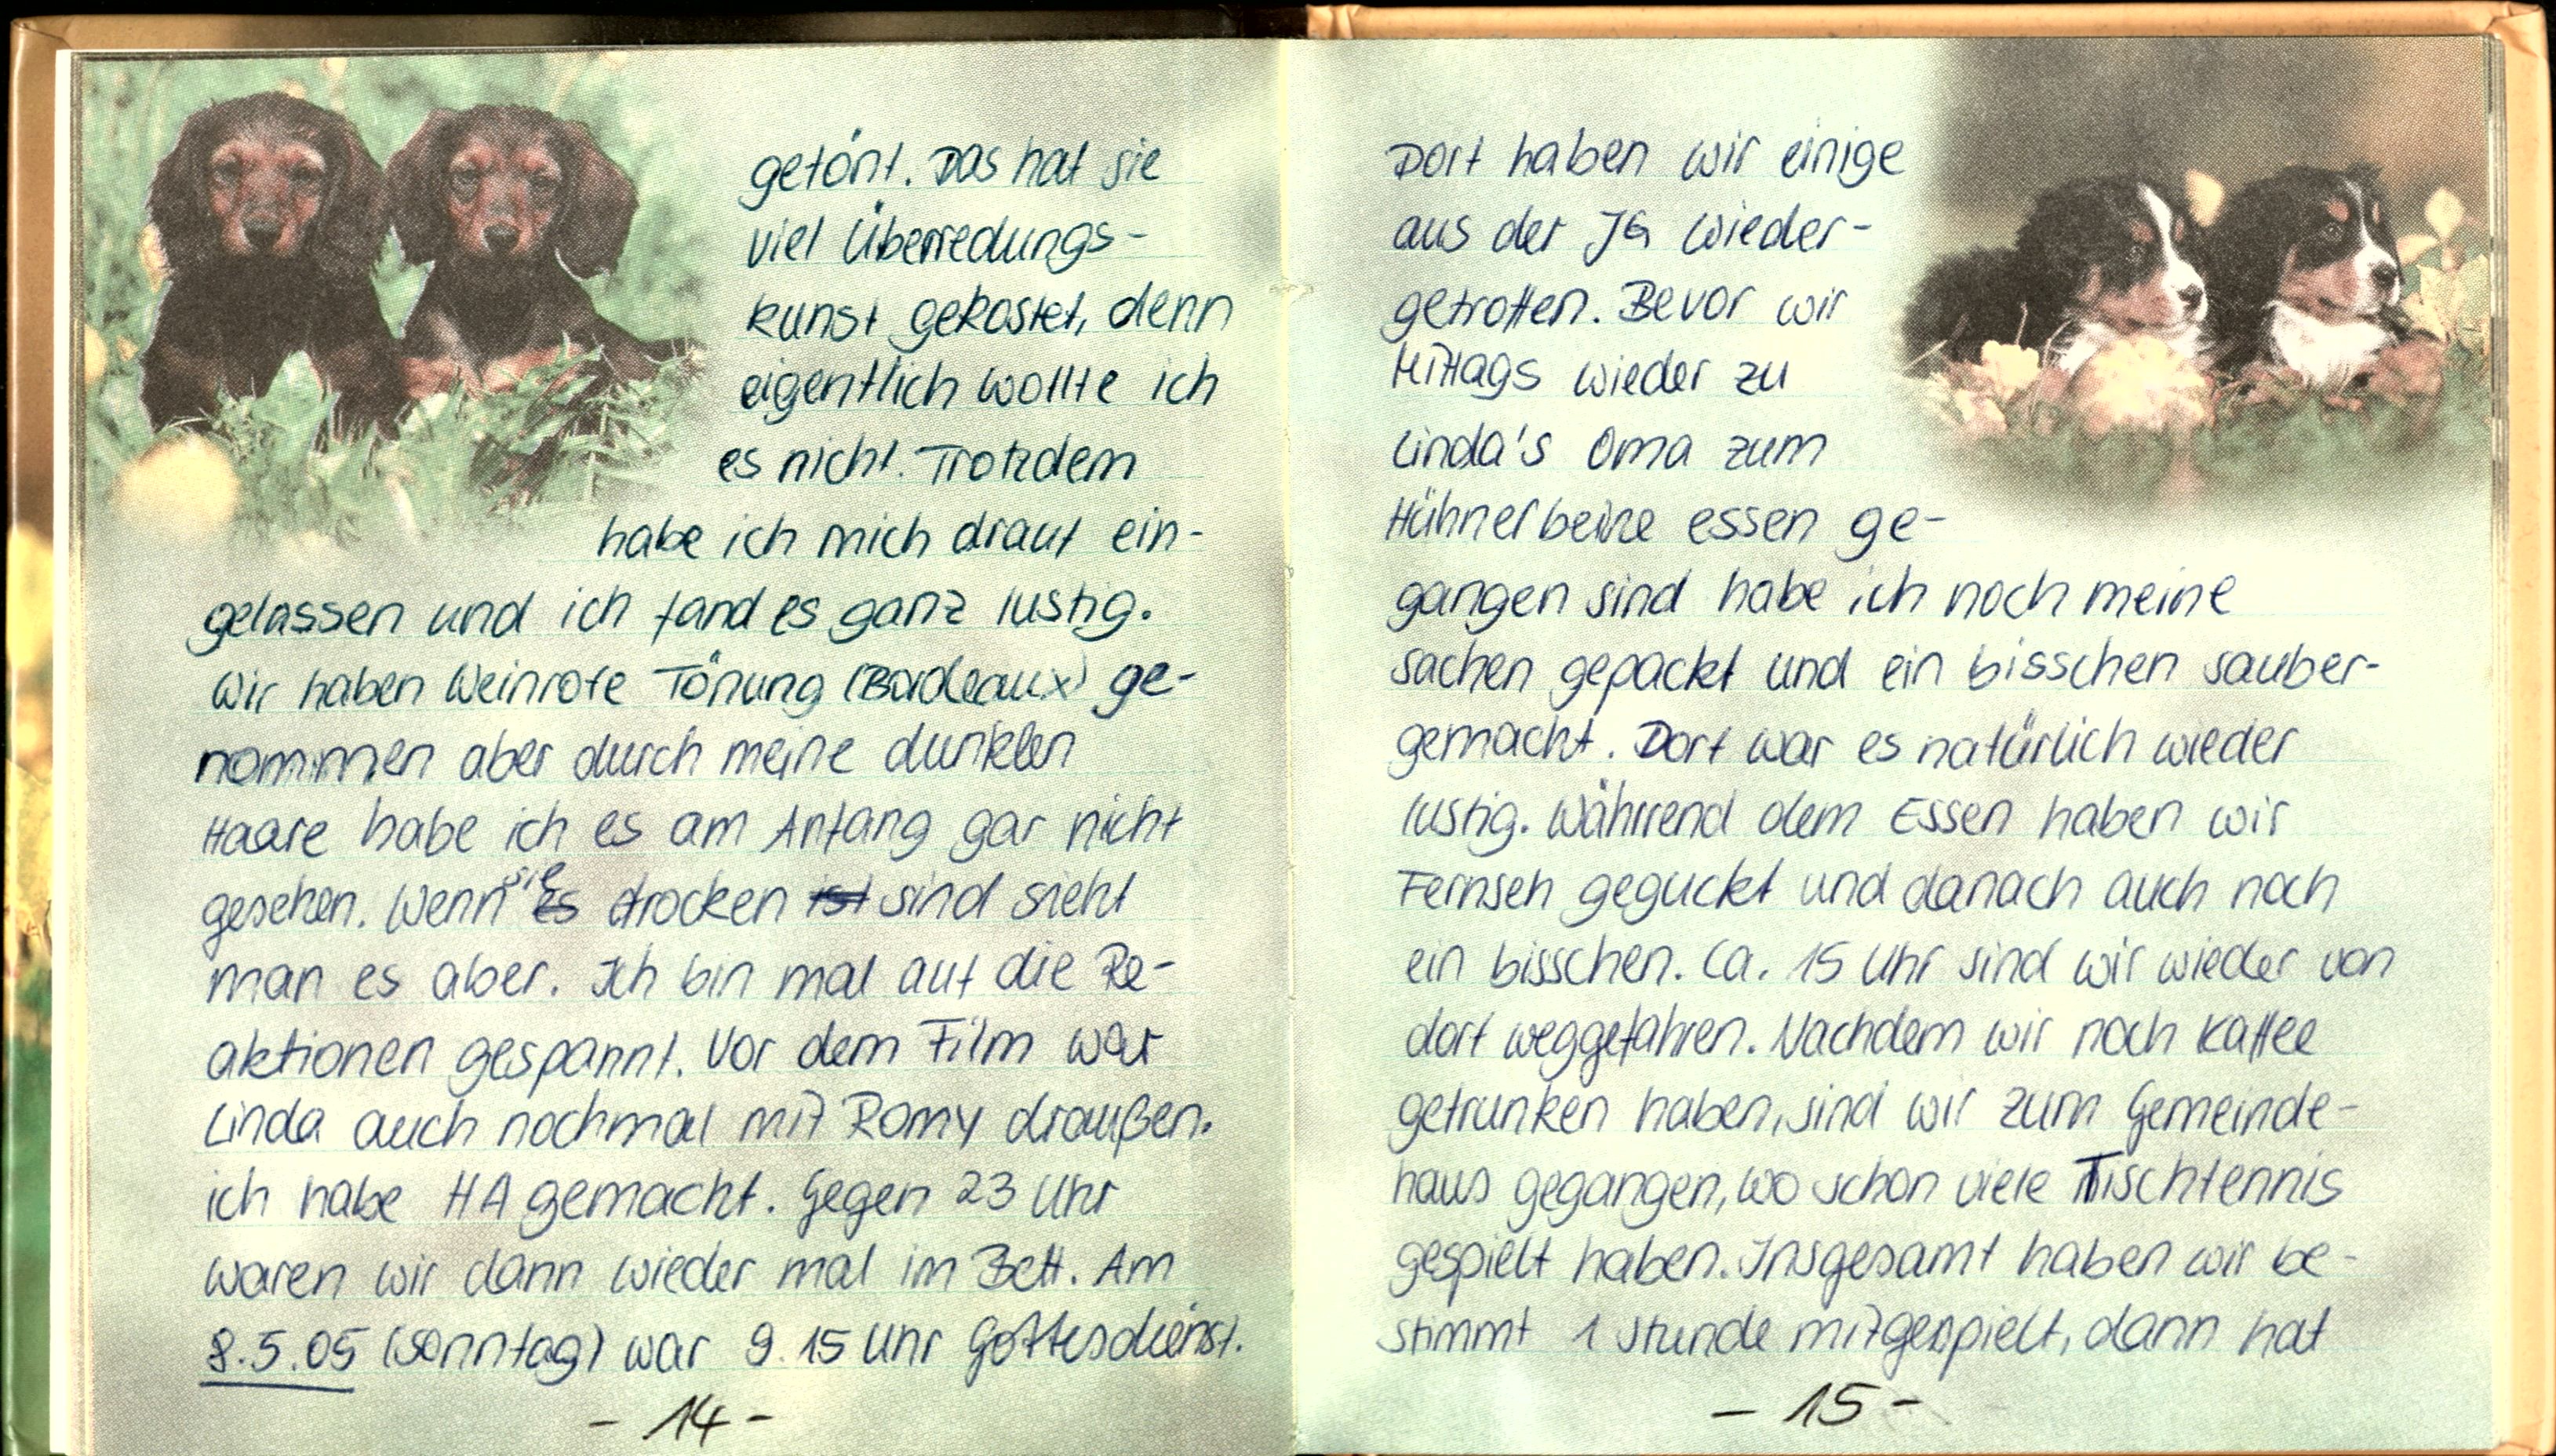
getönt. Das hat sie
viel Überredungs-
kunst gekostet, denn
eigentlich wollte ich
es nicht. Trotzdem
habe ich mich drauf ein-
gelassen und ich fand es ganz lustig.
Wir haben Weinrote Tönung (Bordeaux) ge-
nommen aber durch meine dunklen
Haare habe ich es am Anfang gar nicht
gesehen. Wenn sie trocken sind sieht
man es aber. Ich bin mal auf die Re-
aktionen gespannt. Vor dem Film war
Linda auch nochmal mit Romy draußen.
ich habe HA gemacht. Gegen 23 Uhr
waren wir dann wieder mal im Bett. Am
8.5.05 (Sonntag) war 9.15 Uhr Gottesdienst.

Dort haben wir einige
aus der JG wieder-
getroffen. Bevor wir
Mittags wieder zu
Linda's Oma zum
Hühnerbeine essen ge-
gangen sind habe ich noch meine
Sachen gepackt und ein bisschen sauber
gemacht. Dort war es natürlich wieder
lustig. Währrend dem Essen haben wir
Fernseh geguckt und danach auch noch
ein bisschen. ca. 15 Uhr sind wir wieder von
dort weggefahren. Nachdem wir noch Kaffee
getrunken haben, sind wir zum Gemeinde-
haus gegangen, wo schon viele Tischtennis
gespielt haben. Insgesamt haben wir be-
stimmt 1 Stunde mitgespielt, dann hat